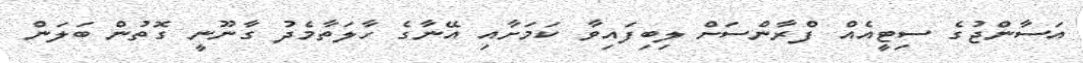
އަސާންޖުގެ ސިޓީއެއް ފްރާންސަށް ލިބިފައިވާ ކަމަށާއި އޭނާގެ ހާލަތާމެދު ގާނޫނީ ގޮތުން ބަލަން